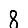
Digit: 8